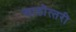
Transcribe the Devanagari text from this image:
साठोत्‍तरी